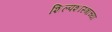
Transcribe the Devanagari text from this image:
शिल्पशास्त्राच्या